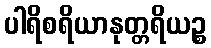
ပါရိစရိယာနုတ္တရိယဉ္စ